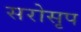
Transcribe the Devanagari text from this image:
सरोसृप